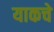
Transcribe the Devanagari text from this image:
याकचे